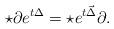
LaTeX: \begin{align*}\star \partial e^{t \Delta}=\star e^{t \vec{\Delta}}\partial.\end{align*}